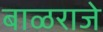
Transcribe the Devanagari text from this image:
बाळराजे